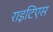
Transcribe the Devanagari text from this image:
राइटिएस